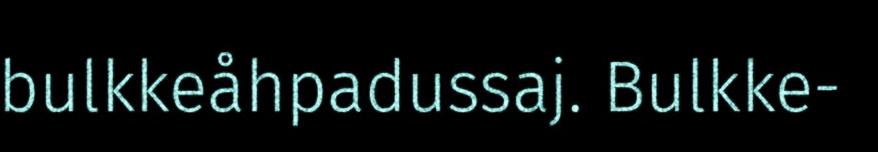
bulkkeåhpadussaj. Bulkke-